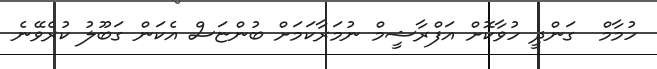
ހުމާމް  ގަންދީ ހުވާކޮށް އަފްރާޝީމް ނުމަރާކަމަށް ބުންޏަސް އެކަން ގަބޫލު ކުރެވޭނެ